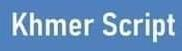
Khmer Script